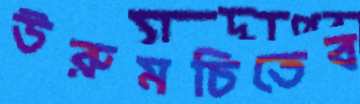
উরুমচিতেব